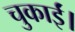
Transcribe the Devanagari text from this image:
चुकाईं।